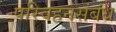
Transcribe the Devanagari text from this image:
परिवहनसंबंध